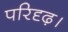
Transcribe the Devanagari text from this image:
परिदृढ़।